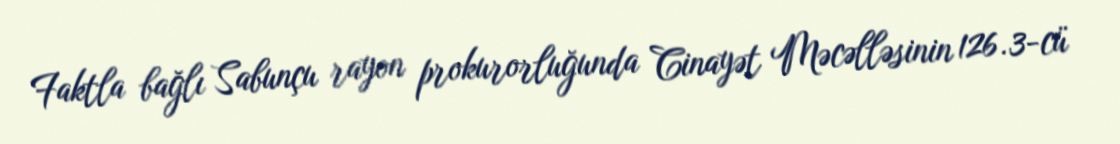
Faktla bağlı Sabunçu rayon prokurorluğunda Cinayət Məcəlləsinin 126.3-cü